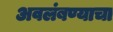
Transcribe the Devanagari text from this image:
अवलंबण्याचा